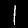
Label: 1